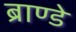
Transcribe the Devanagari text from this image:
ब्राण्डे